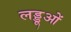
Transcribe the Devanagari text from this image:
लड्डूओं